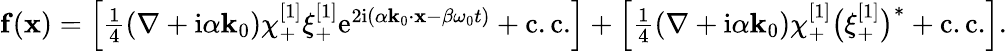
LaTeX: \begin{array}{r}{\mathbf{f}(\mathbf{x})=\left[\frac{1}{4}(\nabla+\mathrm{i}\alpha\mathbf{k}_{0})\chi_{+}^{[1]}{\xi}_{+}^{[1]}\mathrm{e}^{2\mathrm{i}(\alpha\mathbf{k}_{0}\cdot\mathbf{x}-\beta\omega_{0}t)}+\mathrm{c.c.}\right]+\left[\frac{1}{4}(\nabla+\mathrm{i}\alpha\mathbf{k}_{0})\chi_{+}^{[1]}\big(\xi_{+}^{[1]}\big)^{*}+\mathrm{c.c.}\right].}\end{array}